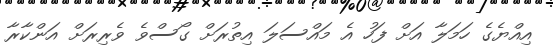
އިއްޔެގެ ހަމަލާ އަށް ފަހު އެ މައްސަލަ އިތުރަށް ގޯސްވެ ވެރިރަށް އަންކާރާ